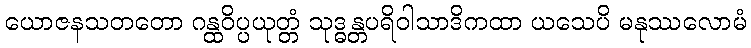
ယောဇနသတတော ဂန္ထဝိပ္ပယုတ္တံ သုဒ္ဓန္တပရိဝါသာဒိကထာ ယသေပိ မနုဿလောမံ